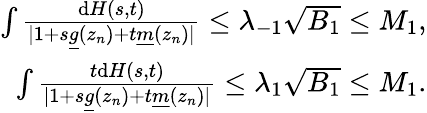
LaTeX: \begin{array}{r}{\int\frac{\mathrm{d}H(s,t)}{\vert 1+s\underline{{g}}(z_{n})+t\underline{{m}}(z_{n})\vert}\leq\lambda_{-1}\sqrt{B_{1}}\leq M_{1},}\\ {\int\frac{t\mathrm{d}H(s,t)}{\vert 1+s\underline{{g}}(z_{n})+t\underline{{m}}(z_{n})\vert}\leq\lambda_{1}\sqrt{B_{1}}\leq M_{1}.}\end{array}